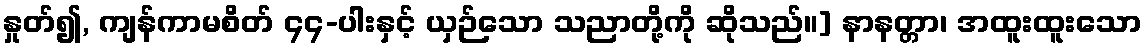
နှုတ်၍, ကျန်ကာမစိတ် ၄၄-ပါးနှင့် ယှဉ်သော သညာတို့ကို ဆိုသည်။] နာနတ္တာ၊ အထူးထူးသော